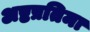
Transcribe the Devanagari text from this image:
अष्टप्रतिमा